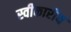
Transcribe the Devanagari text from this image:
स्वीकारीय